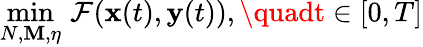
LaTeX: \operatorname*{min}_{N,\mathbf{M},\eta}\, \mathcal{{F}}(\mathbf{{x}}(t),\mathbf{{y}}(t)),\quadt\in[0,T]